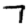
Digit: 7